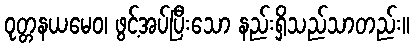
ဝုတ္တနယမေဝ၊ ဖွင့်အပ်ပြီးသော နည်းရှိသည်သာတည်း။